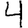
Digit: 4